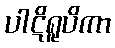
ပါဋိရူပိကာ